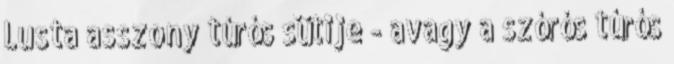
Lusta asszony túrós sütije - avagy a szórós túrós